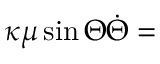
\kappa \mu \sin \Theta \dot { \Theta } =